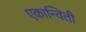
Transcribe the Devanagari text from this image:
एकान्विती